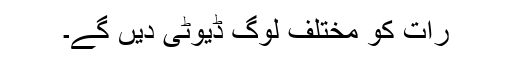
رات کو مختلف لوگ ڈیوٹی دیں گے۔